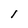
Character: i